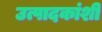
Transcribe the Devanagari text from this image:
उत्पादकांशी